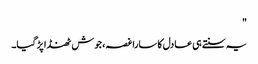
"
یہ سنتے ہی عادل کا سارا غصہ، جوش ٹھنڈا پڑ گیا۔